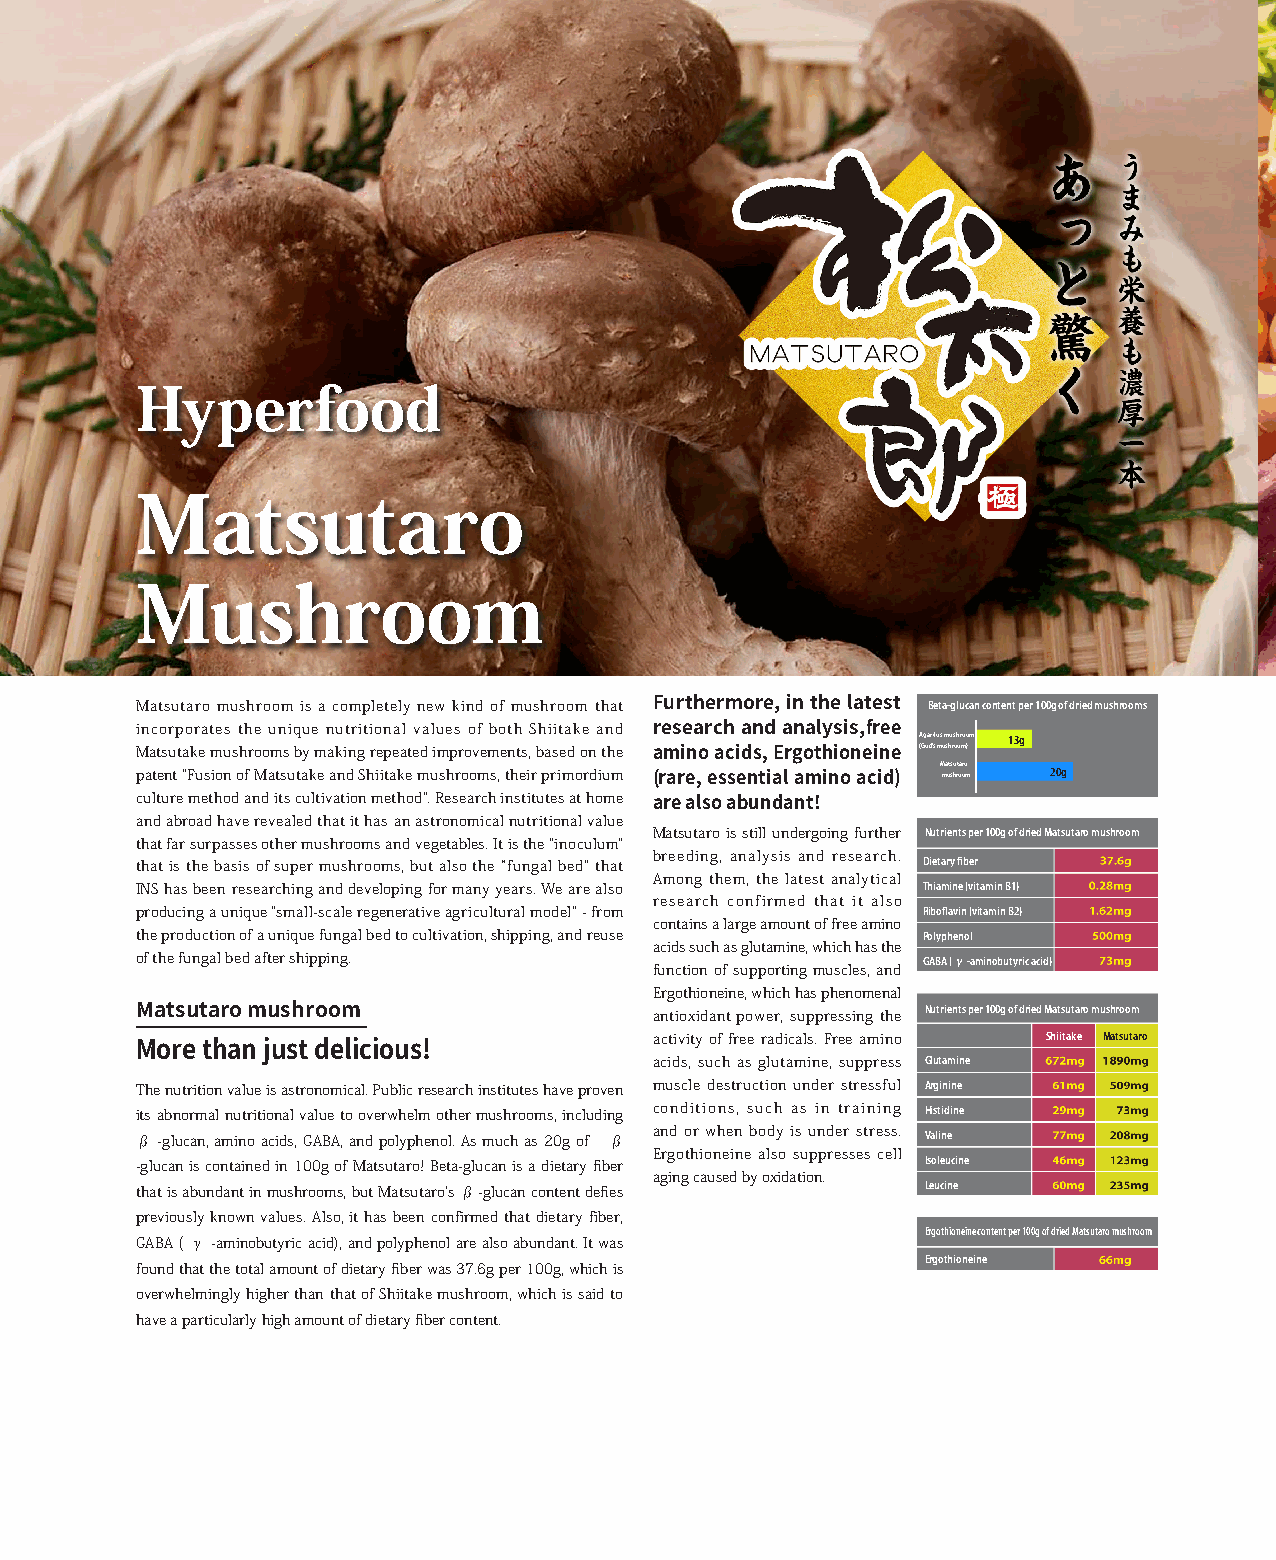
Hyperfood
 Matsutaro
 Mushroom
 Matsutaro mushroom is a completely new kind of mushroom that Beta-glucan content per 100g of dried mushrooms
 Furthermore, in the latest
 incorporates the unique nutritional values of both Shiitake and
 research and analysis,free Agaricus mushroom 13g
 Matsutake mushrooms by making repeated improvements, based on the (God’s mushroom)
 amino acids, Ergothioneine Matsutaro
 patent "Fusion of Matsutake and Shiitake mushrooms, their primordium mushroom 20g
 (rare, essential amino acid)
 culture method and its cultivation method". Research institutes at home
 and abroad have revealed that it has an astronomical nutritional value are also abundant!
 Matsutaro is still undergoing further Nutrients per 100g of dried Matsutaro mushroom
 that far surpasses other mushrooms and vegetables. It is the "inoculum"
 breeding, analysis and research.
 that is the basis of super mushrooms, but also the “fungal bed” that Dietary fiber
 Among them, the latest analytical
 INS has been researching and developing for many years. We are also Thiamine (vitamin B1)
 research confirmed that it also
 producing a unique "small-scale regenerative agricultural model" - from Riboflavin (vitamin B2)
 contains a large amount of free amino
 the production of a unique fungal bed to cultivation, shipping, and reuse Polyphenol
 acids such as glutamine, which has the
 of the fungal bed after shipping.                   GABA (γ-aminobutyric acid)
 function of supporting muscles, and
 Ergothioneine, which has phenomenal
 antioxidant power, suppressing the Nutrients per 100g of dried Matsutaro mushroom
 Matsutaro mushroom
 activity of free radicals. Free amino Shiitake Matsutaro
 More than just delicious!         acids, such as glutamine, suppress Glutamine
 The nutrition value is astronomical. Public research institutes have proven muscle destruction under stressful Arginine
 its abnormal nutritional value to overwhelm other mushrooms, including conditions, such as in training Histidine
 and or when body is under stress.
 β -glucan, amino acids, GABA, and polyphenol. As much as 20g of β Valine
 Ergothioneine also suppresses cell
 -glucan is contained in 100g of Matsutaro! Beta-glucan is a dietary fiber Isoleucine
 aging caused by oxidation.
 that is abundant in mushrooms, but Matsutaro's β-glucan content defies Leucine
 previously known values. Also, it has been confirmed that dietary fiber,
 Ergothioneine content per 100g of dried Matsutaro mushroom
 GABA ( γ -aminobutyric acid), and polyphenol are also abundant. It was
 Ergothioneine
 found that the total amount of dietary fiber was 37.6g per 100g, which is
 overwhelmingly higher than that of Shiitake mushroom, which is said to
 have a particularly high amount of dietary fiber content.